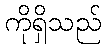
ကိုရှိသည်